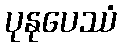
ပုနုပေဿံ